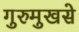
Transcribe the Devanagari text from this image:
गुरुमुखसे